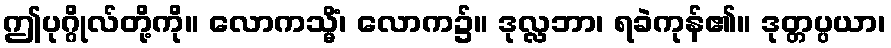
ဤပုဂ္ဂိုလ်တို့ကို။ လောကသ္မိံ၊ လောက၌။ ဒုလ္လဘာ၊ ရခဲကုန်၏။ ဒုတ္တပ္ပယာ၊